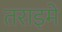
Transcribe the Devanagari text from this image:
तराइमे